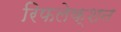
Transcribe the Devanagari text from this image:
रिफलेक्शन